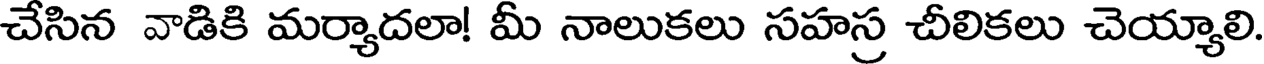
చేసిన వాడికి మర్యాదలా! మీ నాలుకలు సహస్ర చీలికలు చెయ్యాలి